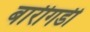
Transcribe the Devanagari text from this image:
बारीगडी